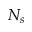
N _ { s }